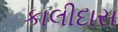
કાલીદાસ